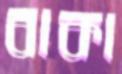
বাকা